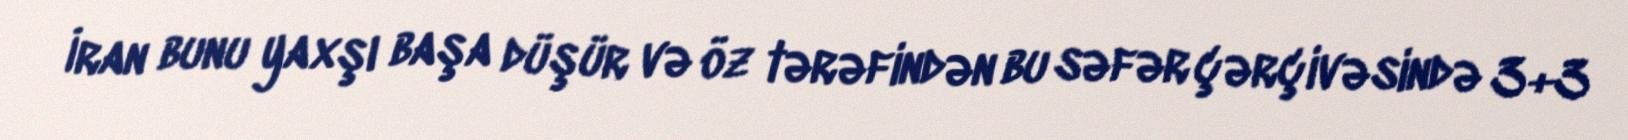
İran bunu yaxşı başa düşür və öz tərəfindən bu səfər çərçivəsində 3+3